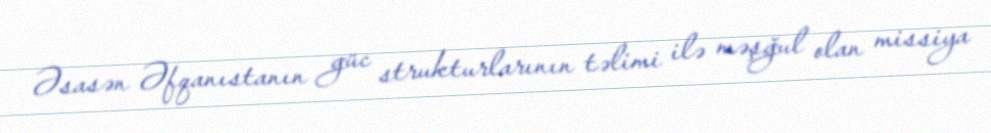
Əsasən Əfqanıstanın güc strukturlarının təlimi ilə məşğul olan missiya